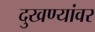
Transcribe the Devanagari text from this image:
दुखण्यांवर